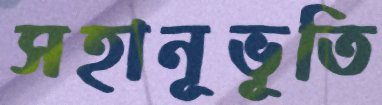
সহানূভূতি